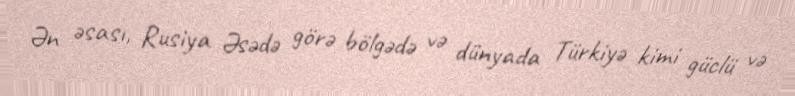
Ən əsası, Rusiya Əsədə görə bölgədə və dünyada Türkiyə kimi güclü və